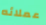
عملائه